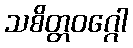
သစိတ္တဝဂ္ဂေါ